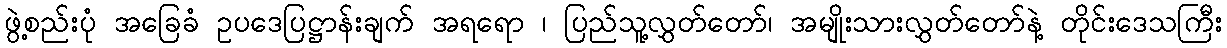
ဖွဲ့စည်းပုံ အခြေခံ ဥပဒေပြဋ္ဌာန်းချက် အရရော ၊ ပြည်သူ့လွှတ်တော်၊ အမျိုးသားလွှတ်တော်နဲ့ တိုင်းဒေသကြီး